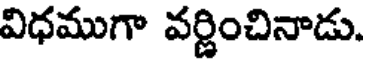
విధముగా వర్ణించినాడు.